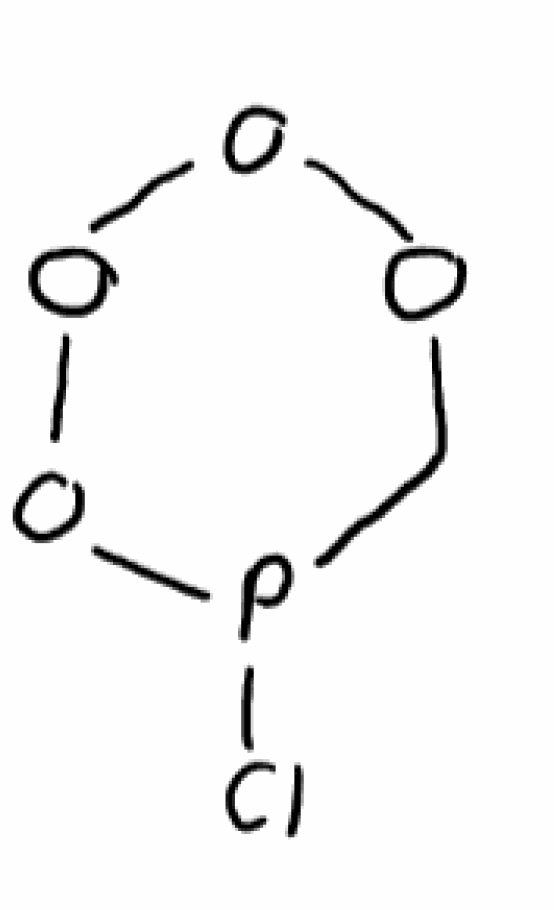
Simplified molecular-input line-entry system (SMILES) notation of the given molecule:
C1OOOOP1Cl